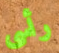
رأسى